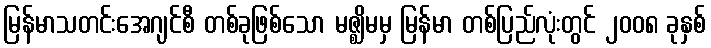
မြန်မာသတင်းအေဂျင်စီ တစ်ခုဖြစ်သော မဇ္ဈိမမှ မြန်မာ တစ်ပြည်လုံးတွင် ၂၀၀၈ ခုနှစ်